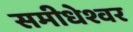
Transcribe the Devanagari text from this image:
समीधेश्वर